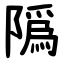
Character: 䧦